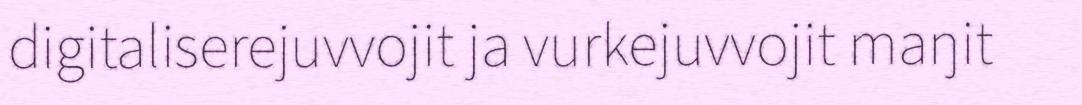
digitaliserejuvvojit ja vurkejuvvojit maŋit